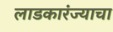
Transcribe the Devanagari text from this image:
लाडकारंज्याचा